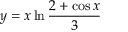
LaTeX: y = x \ln { \frac { 2 + \cos x } { 3 } }